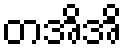
တအိအိ